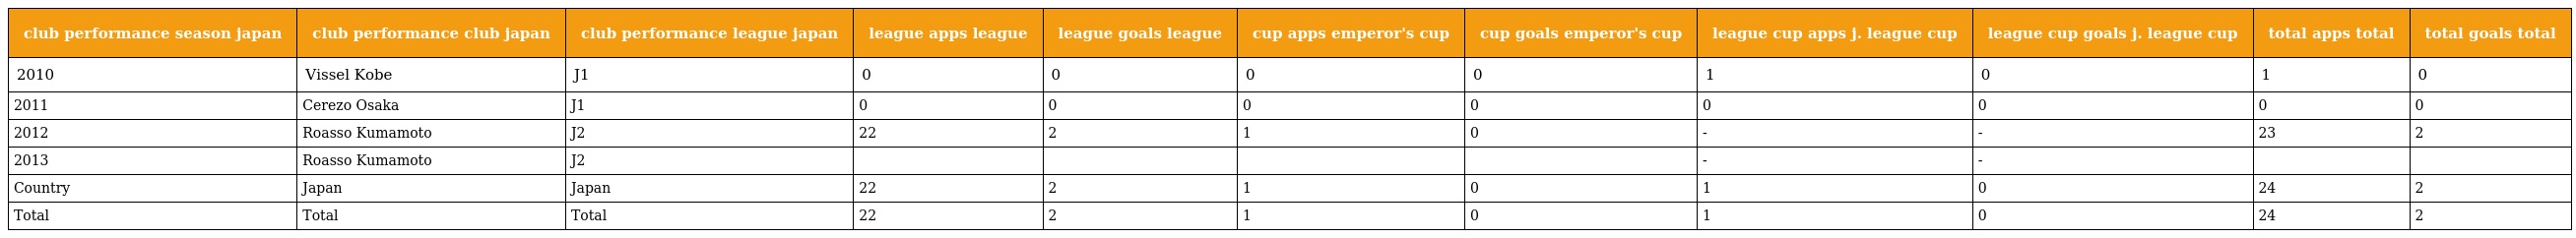
| club performance season japan | club performance club japan | club performance league japan | league apps league | league goals league | cup apps emperor's cup | cup goals emperor's cup | league cup apps j. league cup | league cup goals j. league cup | total apps total | total goals total |
 | --- | --- | --- | --- | --- | --- | --- | --- | --- | --- | --- |
 | 2010 | Vissel Kobe | J1 | 0 | 0 | 0 | 0 | 1 | 0 | 1 | 0 |
 | 2011 | Cerezo Osaka | J1 | 0 | 0 | 0 | 0 | 0 | 0 | 0 | 0 |
 | 2012 | Roasso Kumamoto | J2 | 22 | 2 | 1 | 0 | - | - | 23 | 2 |
 | 2013 | Roasso Kumamoto | J2 |  |  |  |  | - | - |  |  |
 | Country | Japan | Japan | 22 | 2 | 1 | 0 | 1 | 0 | 24 | 2 |
 | Total | Total | Total | 22 | 2 | 1 | 0 | 1 | 0 | 24 | 2 |